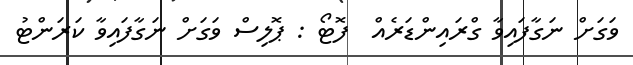
ވަގަށް ނަގާފައިވާ ގްރައިންޑަރެއް  ފޮޓޯ : ޕޮލިސް ވަގަށް ނަގާފައިވާ ކަރަންޓު